Aleksander_Warma, lk 15
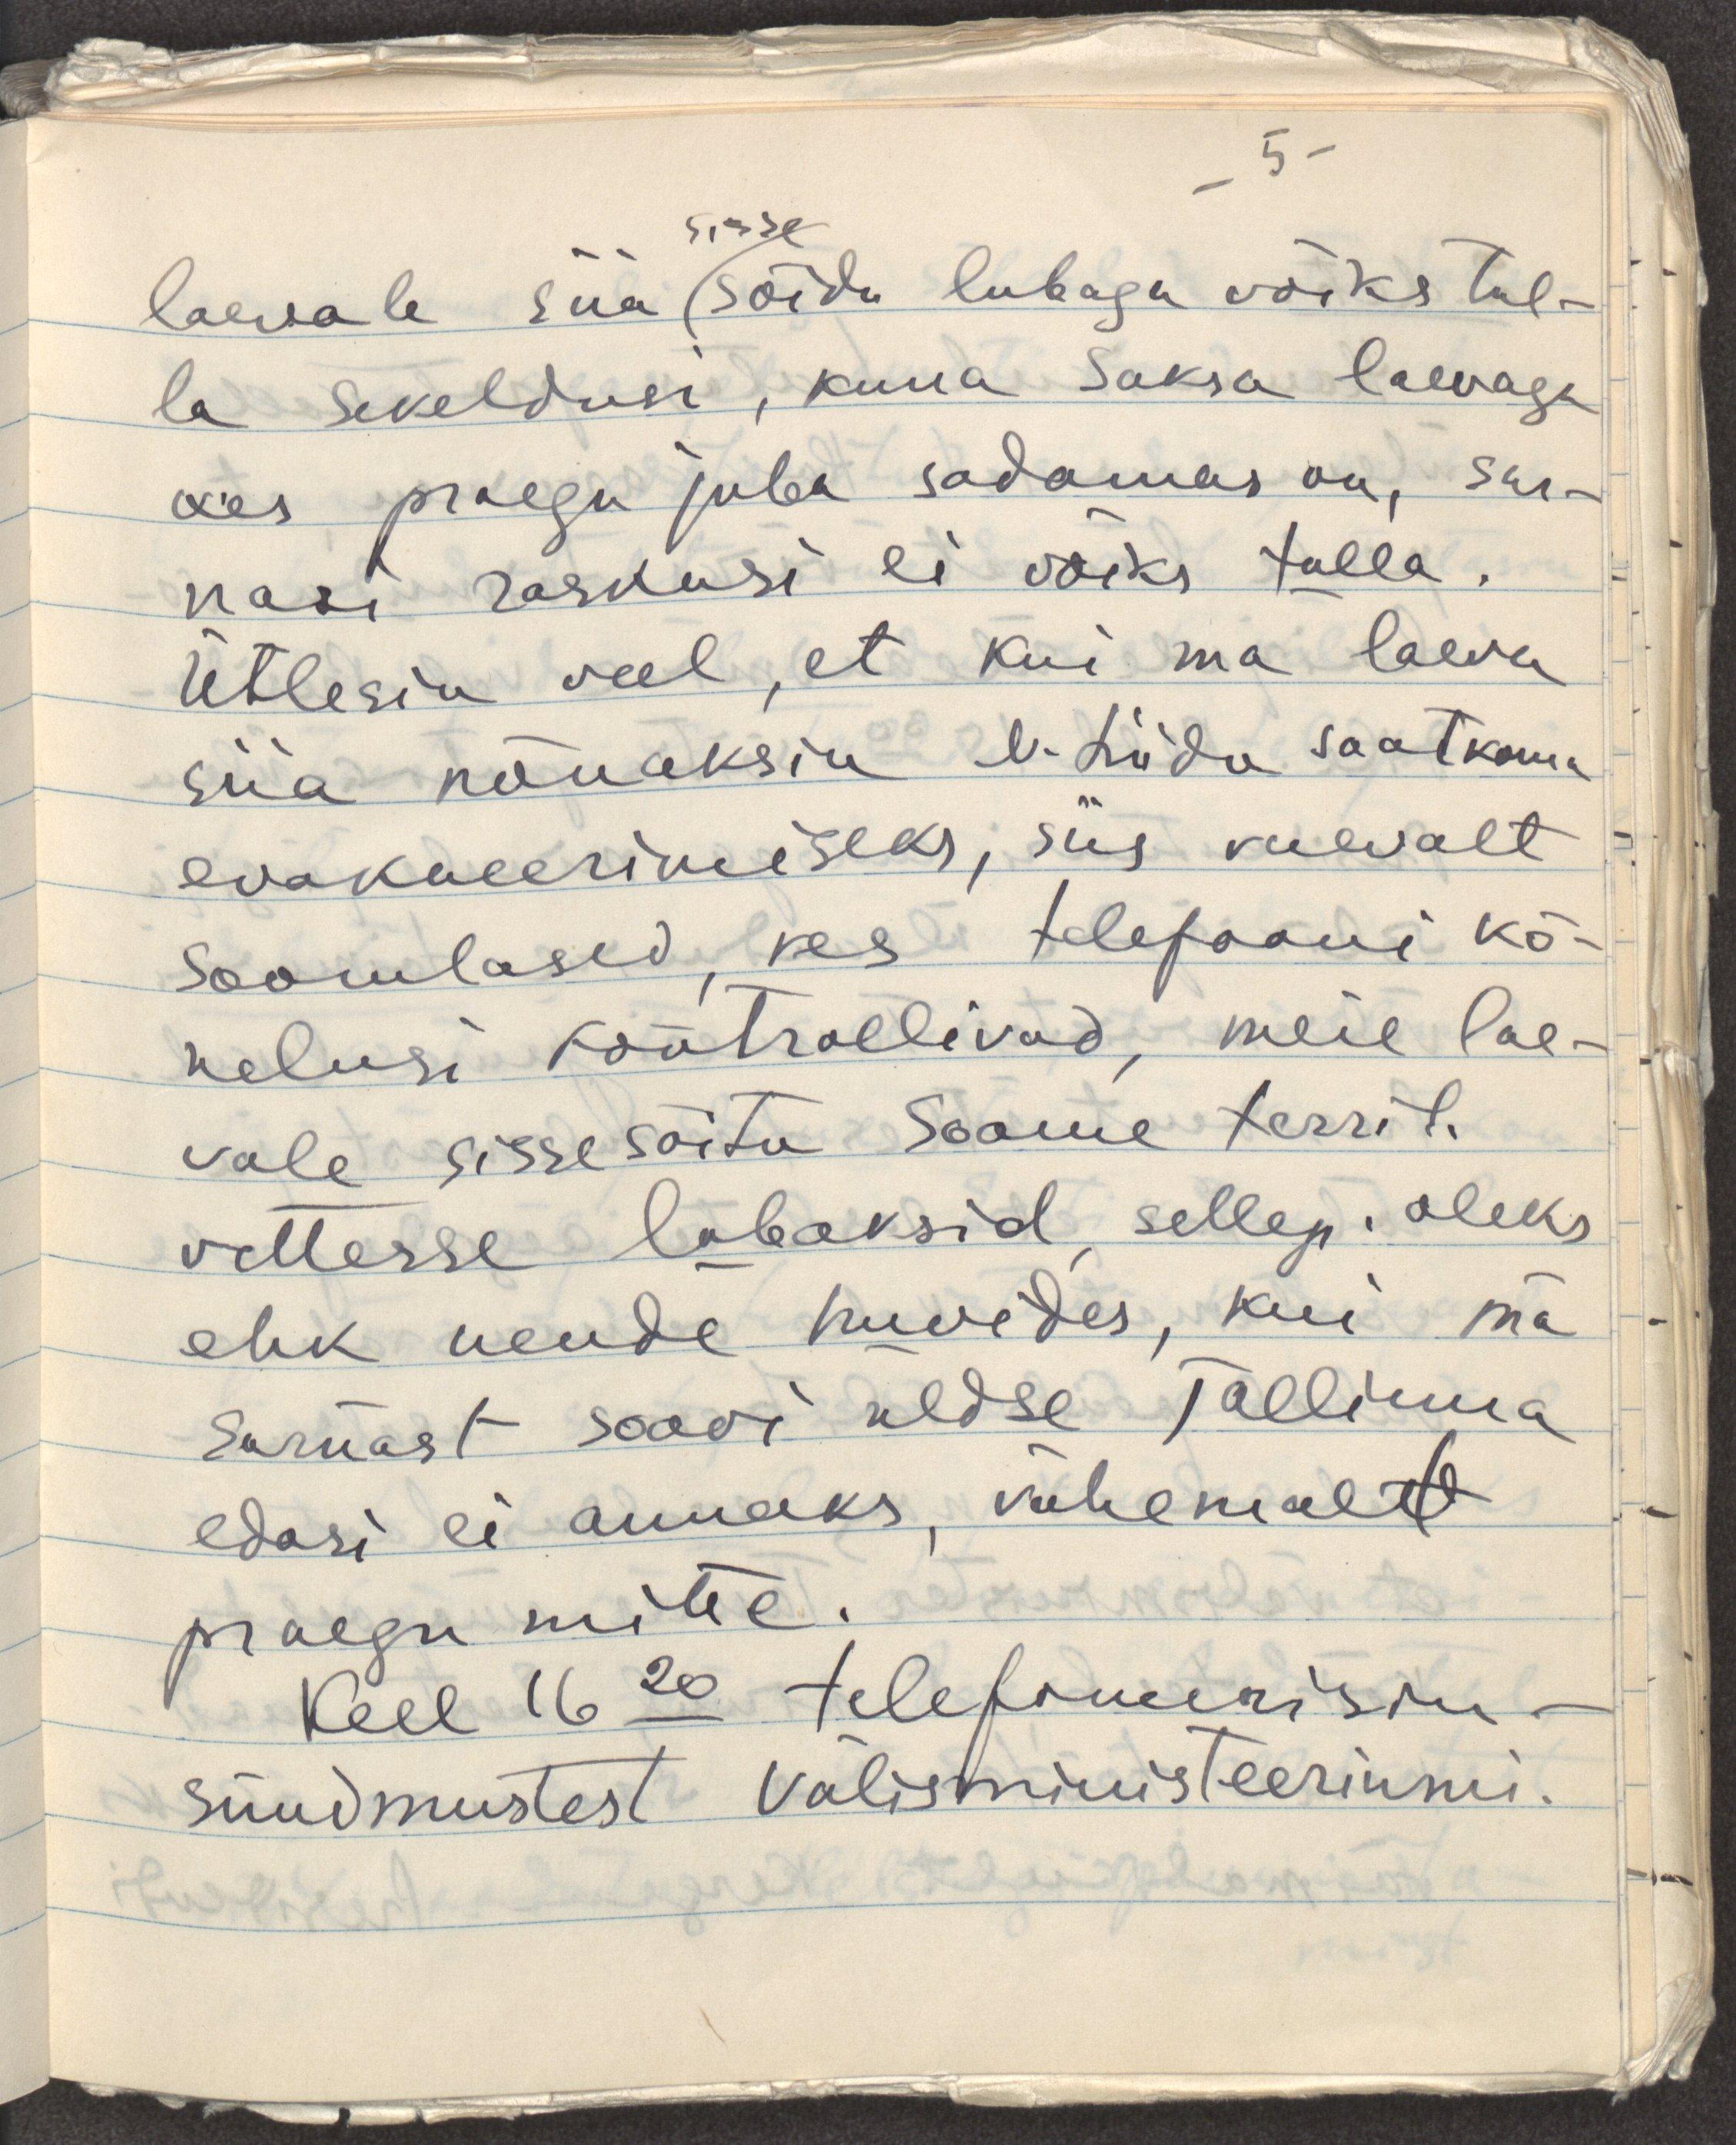
laevale siia sisse sõidu lubaga võiks tul-
la sekeldusi, kuna Saksa laevaga
kes praegu juba sadamas on, sar-
nasi raskusi ei võiks tulla.
Ütlesin veel, et kui ma laeva
siia nõuaksin N. Liidu saatkonna
evakueerimiseks, siis vaevalt
soomlased, kes telefooni kõ-
nelusi kontrollivad, meie lae-
vale sissesõitu Soome territ.
vettesse lubaksid, sellep. oleks
ehk nende huvides, kui ma
sarnast soovi üldse Tallinna
edasi ei annaks, vähemalt
praegu mitte.
Kell 16.20 telefoniseerisin
sündmustest välisministeeriumi.